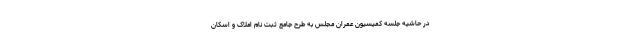
در حاشیه جلسه کمیسیون عمران مجلس به طرح جامع ثبت نام املاک و اسکان